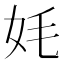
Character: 㚪